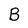
Character: B